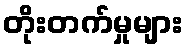
တိုးတက်မှုများ